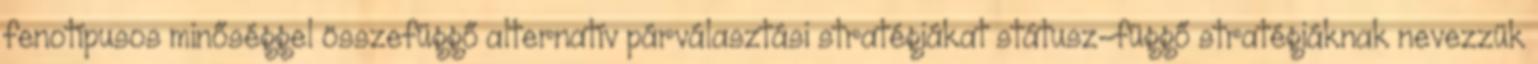
fenotípusos minőséggel összefüggő alternatív párválasztási stratégiákat státusz-függő stratégiáknak nevezzük